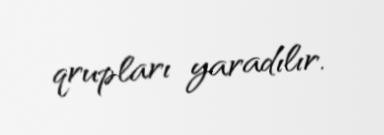
qrupları yaradılır.